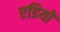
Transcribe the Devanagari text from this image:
एडियों